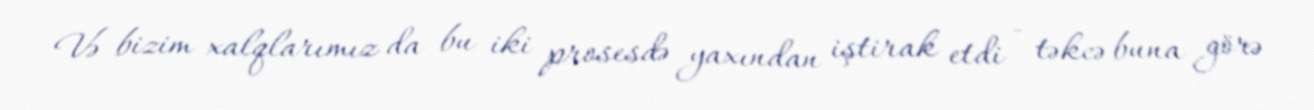
Və bizim xalqlarımız da bu iki prosesdə yaxından iştirak etdi - təkcə buna görə